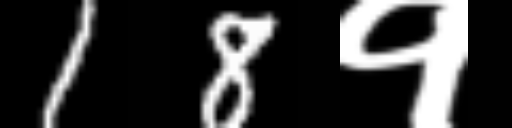
Text: 18१